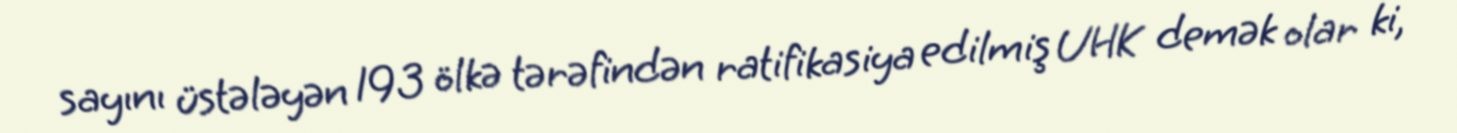
sayını üstələyən 193 ölkə tərəfindən ratifikasiya edilmiş UHK demək olar ki,